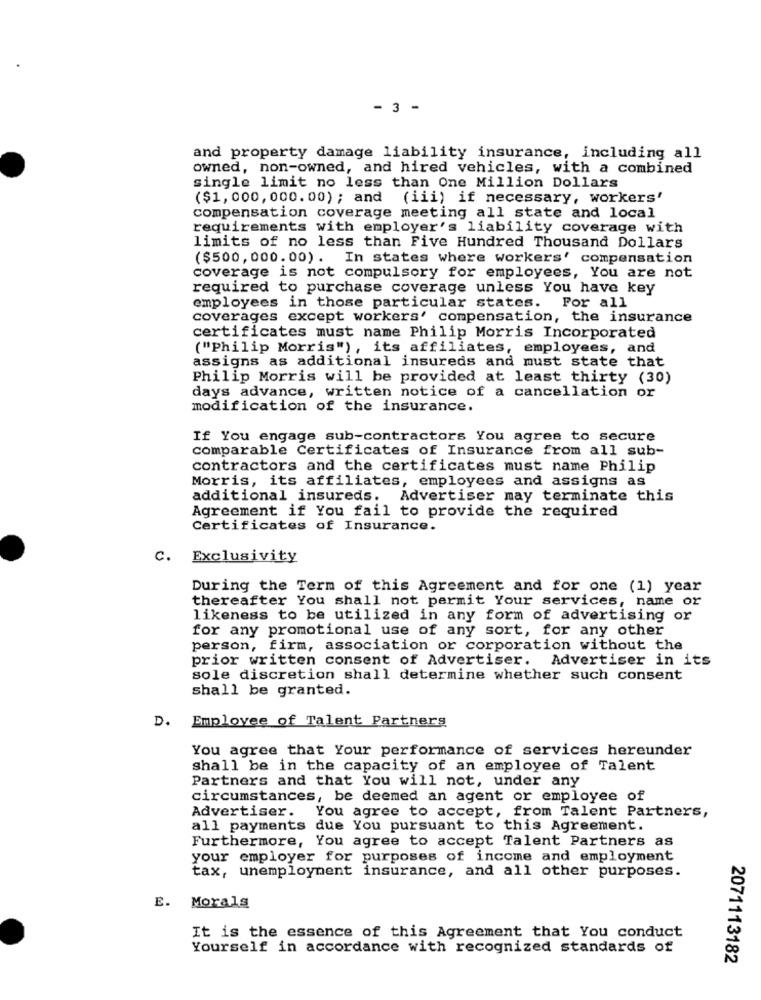
- 3 -
and property damage liability insurance, including all
owned, non-owned, and hired vehicles, with a combined
single limit no less than One Million Dollars
($1,000, 000. 00) ; and (iii) if necessary, workers'
compensation coverage meeting all state and local
requirements with employer's liability coverage with
limits of no less than Five Hundred Thousand Dollars
($500, 000.00). In states where workers' compensation
coverage is not compulsory for employees, You are not
required to purchase coverage unless You have key
For all
employees in those particular states.
coverages except workers' compensation, the insurance
certificates must name Philip Morris Incorporated
("Philip Morris"), its affiliates, employees, and
assigns as additional insureds and must state that
Philip Morris will be provided at least thirty (30)
days advance, written notice of a cancellation or
modification of the insurance.
If You engage sub-contractors You agree to secure
comparable Certificates of Insurance from all sub-
contractors and the certificates must name Philip
Morris, its affiliates, employees and assigns as
additional insureds. Advertiser may terminate this
Agreement if You fail to provide the required
Certificates of Insurance.
C. Exclusivity
During the Term of this Agreement and for one (1) year
thereafter You shall not permit Your services, name or
likeness to be utilized in any form of advertising or
for any promotional use of any sort, for any other
person, firm, association or corporation without the
prior written consent of Advertiser. Advertiser in its
sole discretion shall determine whether such consent
shall be granted.
D. Employee of Talent Partners
You agree that Your performance of services hereunder
shall be in the capacity of an employee of Talent
Partners and that You will not, under any
circumstances, be deemed an agent or employee of
You agree to accept, from Talent Partners,
Advertiser.
all payments
due You pursuant to this Agreement.
Furthermore, You agree to accept Talent Partners as
your employer for purposes of income and employment
tax, unemployment insurance, and all other purposes.
E. Morals
It is the essence of this Agreement that You conduct
Yourself in accordance with recognized standards of
2071113182